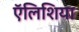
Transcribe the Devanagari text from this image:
ऍलिशिया